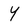
Character: Y